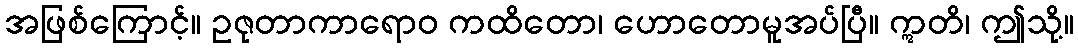
အဖြစ်ကြောင့်။ ဥဇုတာကာရောဝ ကထိတော၊ ဟောတောမူအပ်ပြီ။ ဣတိ၊ ဤသို့။